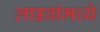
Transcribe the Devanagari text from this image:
लाडवांमध्ये